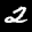
Label: 2